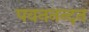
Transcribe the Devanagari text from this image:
पवननन्दन